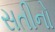
સતીનો